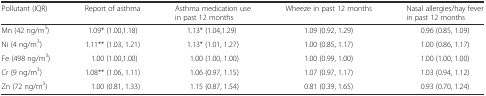
<table><thead><tr><td><b>Pollutant (IQR)</b></td><td><b>Report of asthma</b></td><td><b>Asthma medication use in past 12 months</b></td><td><b>Wheeze in past 12 months</b></td><td><b>Nasal allergies/hay fever in past 12 months</b></td></tr></thead><tbody><tr><td>Mn (42 ng/m<sup>3</sup>)</td><td>1.09* (1.00,1.18)</td><td>1.13* (1.04,1.29)</td><td>1.09 (0.92, 1.29)</td><td>0.96 (0.85, 1.09)</td></tr><tr><td>Ni (4 ng/m<sup>3</sup>)</td><td>1.11** (1.03, 1.21)</td><td>1.13* (1.01, 1.27)</td><td>1.00 (0.85, 1.17)</td><td>1.00 (0.86, 1.17)</td></tr><tr><td>Fe (498 ng/m<sup>3</sup>)</td><td>1.00 (1.00,1.00)</td><td>1.00 (1.00, 1.00)</td><td>1.00 (0.99, 1.00)</td><td>1.00 (1.00, 1.00)</td></tr><tr><td>Cr (9 ng/m<sup>3</sup>)</td><td>1.08** (1.06, 1.11)</td><td>1.06 (0.97, 1.15)</td><td>1.07 (0.97, 1.17)</td><td>1.03 (0.94, 1.12)</td></tr><tr><td>Zn (72 ng/m<sup>3</sup>)</td><td>1.00 (0.81, 1.33)</td><td>1.15 (0.87, 1.54)</td><td>0.81 (0.39, 1.65)</td><td>0.93 (0.70, 1.24)</td></tr></tbody></table>